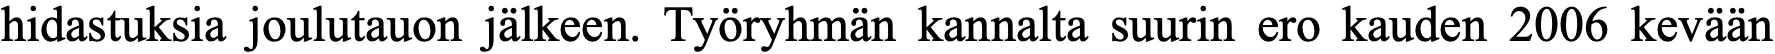
hidastuksia joulutauon jälkeen. Työryhmän kannalta suurin ero kauden 2006 kevään